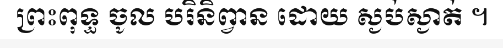
ព្រះពុទ្ធ ចូល បរិនិព្វាន ដោយ ស្ងប់ស្ងាត់ ។